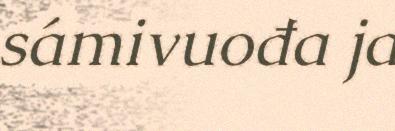
sámivuođa ja